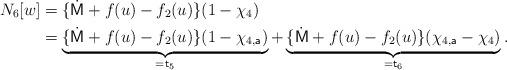
LaTeX: \begin{align*} N_6[w] &= \{ \dot{\sf M} + f(u) - f_2(u) \} (1-\chi_4) \\ &= \underbrace{ \{ \dot{\sf M} + f(u) - f_2(u) \} (1-\chi_{4,{\sf a}}) }_{={\sf t}_5} + \underbrace{ \{ \dot{\sf M} + f(u) - f_2(u) \} (\chi_{4,{\sf a}}-\chi_4) }_{={\sf t}_6}. \end{align*}